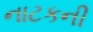
નાટકની